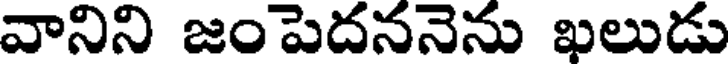
వానిని జంపెదననెను ఖలుడు